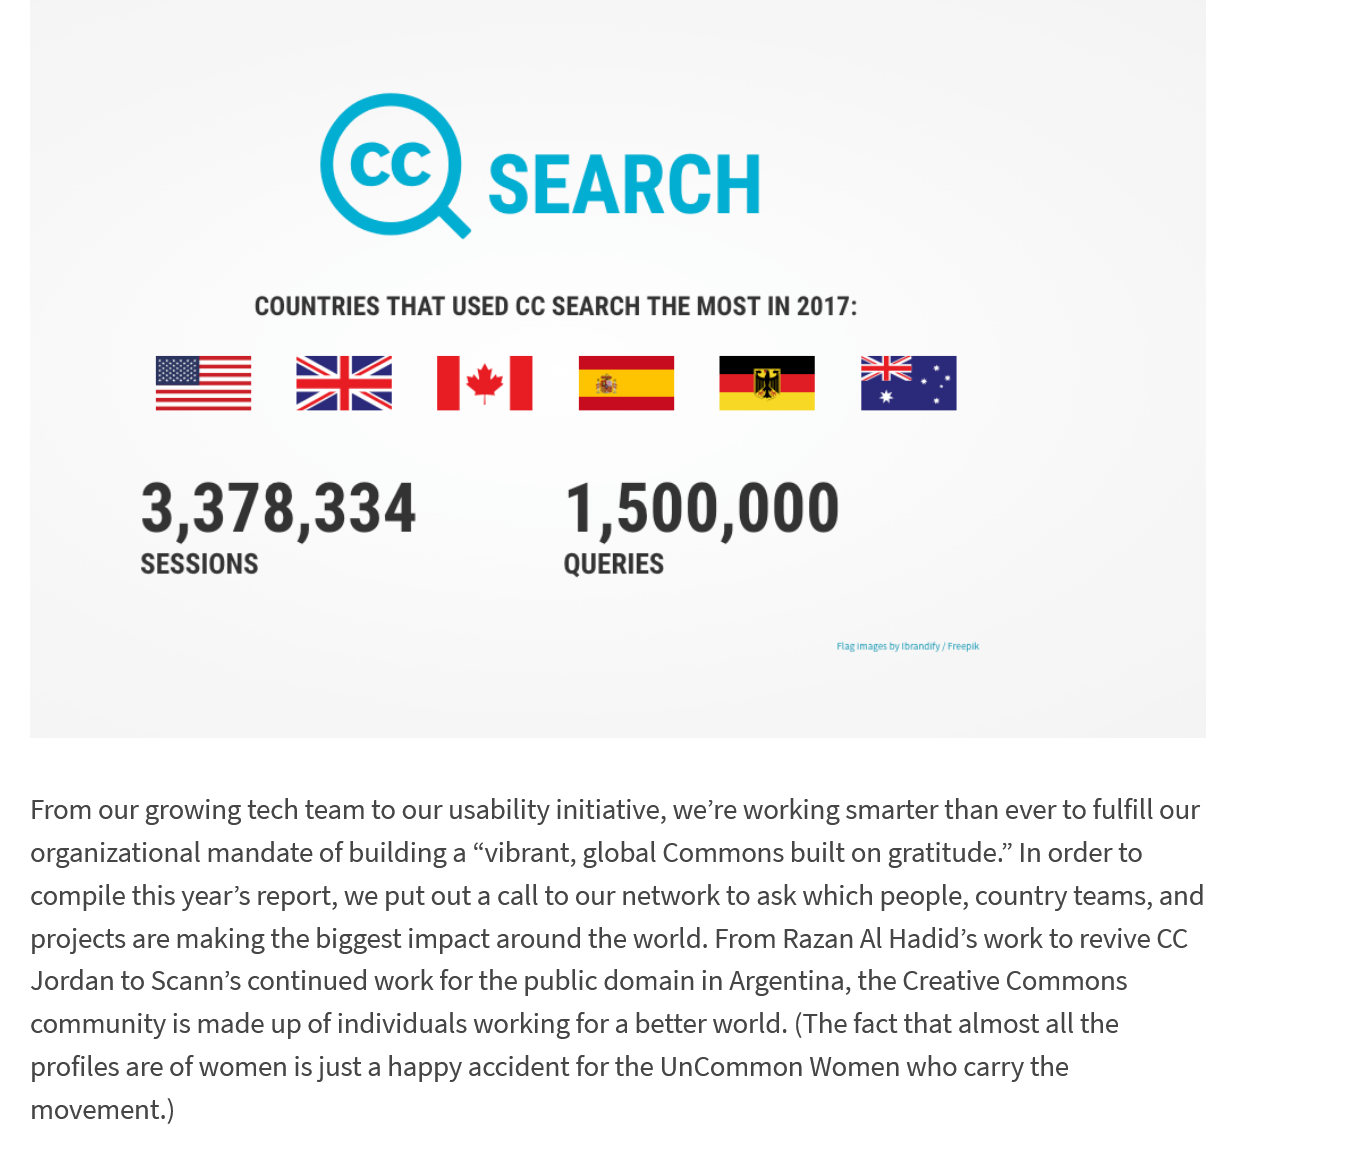
2)    SEARCH
     COUNTRIES THAT USED CC SEARCH THE MOST IN 2017:
     ae
     A771 SI    "
     x.
     3,378,334    1,500,000
     SESSIONS

   From our growing tech team to our usability initiative, we’re working smarter than ever to fulfill our
   organizational mandate of building a “vibrant, global Commons built on gratitude.” In order to
   compile this year’s report, we put out a call to our network to ask which people, country teams, and
   projects are making the biggest impact around the world. From Razan Al Hadid’s work to revive CC
   Jordan to Scann’s continued work for the public domain in Argentina, the Creative Commons
   community is made up of individuals working for a better world. (The fact that almost all the
   profiles are of women is just a happy accident for the Uncommon Women who carry the
   movement.)